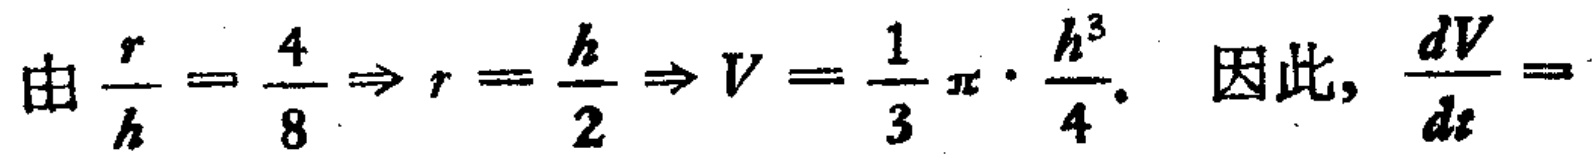
由\(\frac{r}{h}=\frac{4}{8}\Rightarrow r = \frac{h}{2}\Rightarrow V=\frac{1}{3}\pi\cdot\frac{h^{3}}{4}\). 因此, \(\frac{dV}{dt}=\)